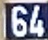
64